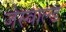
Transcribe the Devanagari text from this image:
जेस्वाल्ड